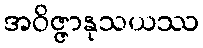
အဝိဇ္ဇာနုသယဿ